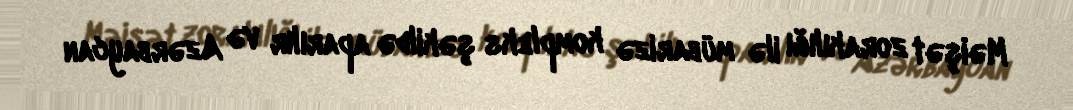
Məişət zorakılığı ilə mübarizə kompleks şəkildə aparılır və Azərbaycan